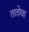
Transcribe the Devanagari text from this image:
तातोवा